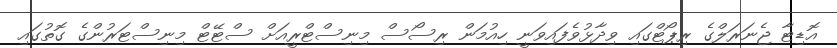
އޮޑިޓާ ޖެނަރަލްގެ ރިޕޯޓްގައި ވިދާޅުވެފައިވަނީ ހިއުމަން ރިސޯސް މިނިސްޓްރީއަށް ސްޓޭޓް މިނިސްޓަރުންގެ ގޮތުގައި